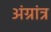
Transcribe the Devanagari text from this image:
अंग्रांत्र